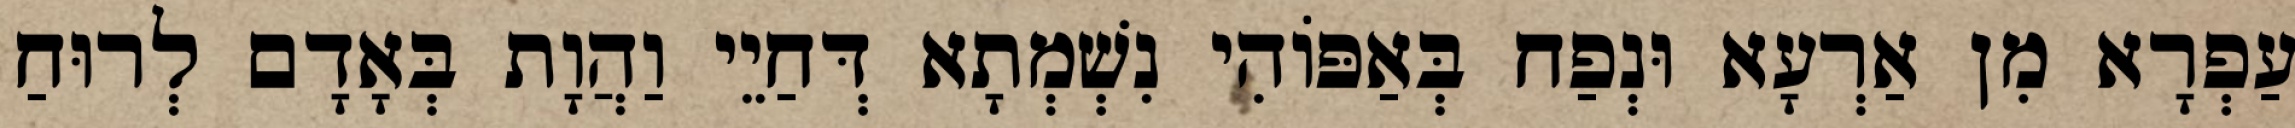
עַפְרָא מִן אַרְעָא וּנְפַח בְּאַפּוֹהִי נִשְׁמְתָא דְּחַיֵי וַהֲוָת בְּאָדָם לְרוּחַ